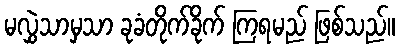
မလွှဲသာမှသာ ခုခံတိုက်ခိုက် ကြရမည် ဖြစ်သည်။